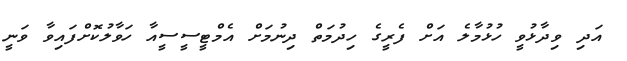
އަދި ވިދާޅުވީ ހުޅުމާލެ އަށް ފެރީގެ ހިދުމަތް ދިނުމަށް އެމްޓީސީސީއާ ހަވާލުކޮށްފައިވާ ވަނީ